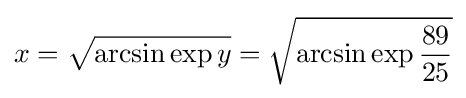
x={\sqrt {\arcsin \exp y}}={\sqrt {\arcsin \exp {\frac {89}{25}}}}